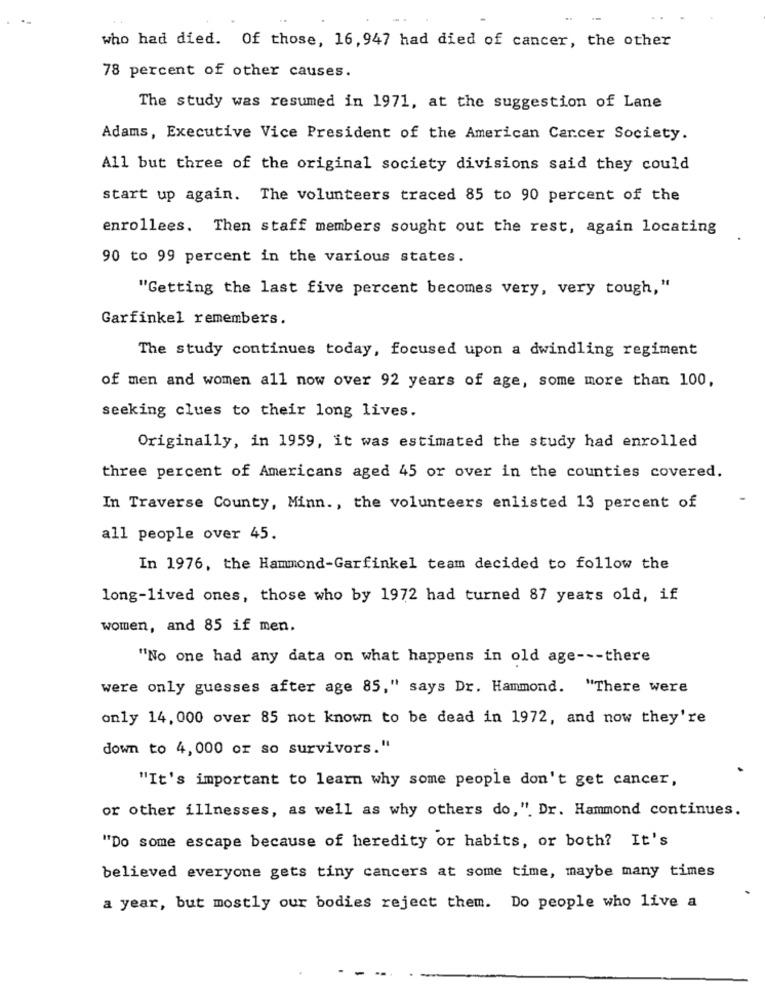
who had died. Of those, 16, 947 had died of cancer, the other
78 percent of other causes.
The study was resumed in 1971, at the suggestion of Lane
Adams, Executive Vice President of the American Cancer Society.
All but three of the original society divisions said they could
start up again. The volunteers traced 85 to 90 percent of the
enrollees. Then staff members sought out the rest, again locating
90 to 99 percent in the various states.
"Getting the last five percent becomes very, very tough,"
Garfinkel remembers.
The study continues today, focused upon a dwindling regiment
of men and women all now over 92 years of age, some more than 100,
seeking clues to their long lives.
Originally, in 1959, it was estimated the study had enrolled
three percent of Americans aged 45 or over in the counties covered.
In Traverse County, Minn ., the volunteers enlisted 13 percent of
all people over 45.
In 1976, the Hammond-Garfinkel team decided to follow the
long-lived ones, those who by 1972 had turned 87 years old, if
women, and 85 if men.
"No one had any data on what happens in old age --- there
were only guesses after age 85," says Dr. Hammond. "There were
only 14, 000 over 85 not known to be dead in 1972, and now they're
down to 4, 000 or so survivors."
"It's important to learn why some people don't get cancer,
or other illnesses, as well as why others do,". Dr. Hammond continues.
"Do some escape because of heredity or habits, or both? It's
believed everyone gets tiny cancers at some time, maybe many times
a year, but mostly our bodies reject them. Do people who live a